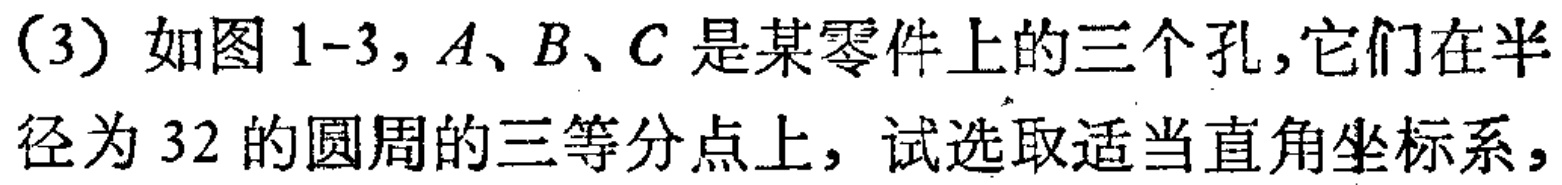
(3) 如图 1-3, \(A、B、C\) 是某零件上的三个孔,它们在半径为 \(32\) 的圆周的三等分点上, 试选取适当直角坐标系，